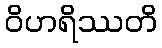
ဝိဟရိဿတိ